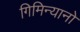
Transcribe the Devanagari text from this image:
गिमिन्यानो